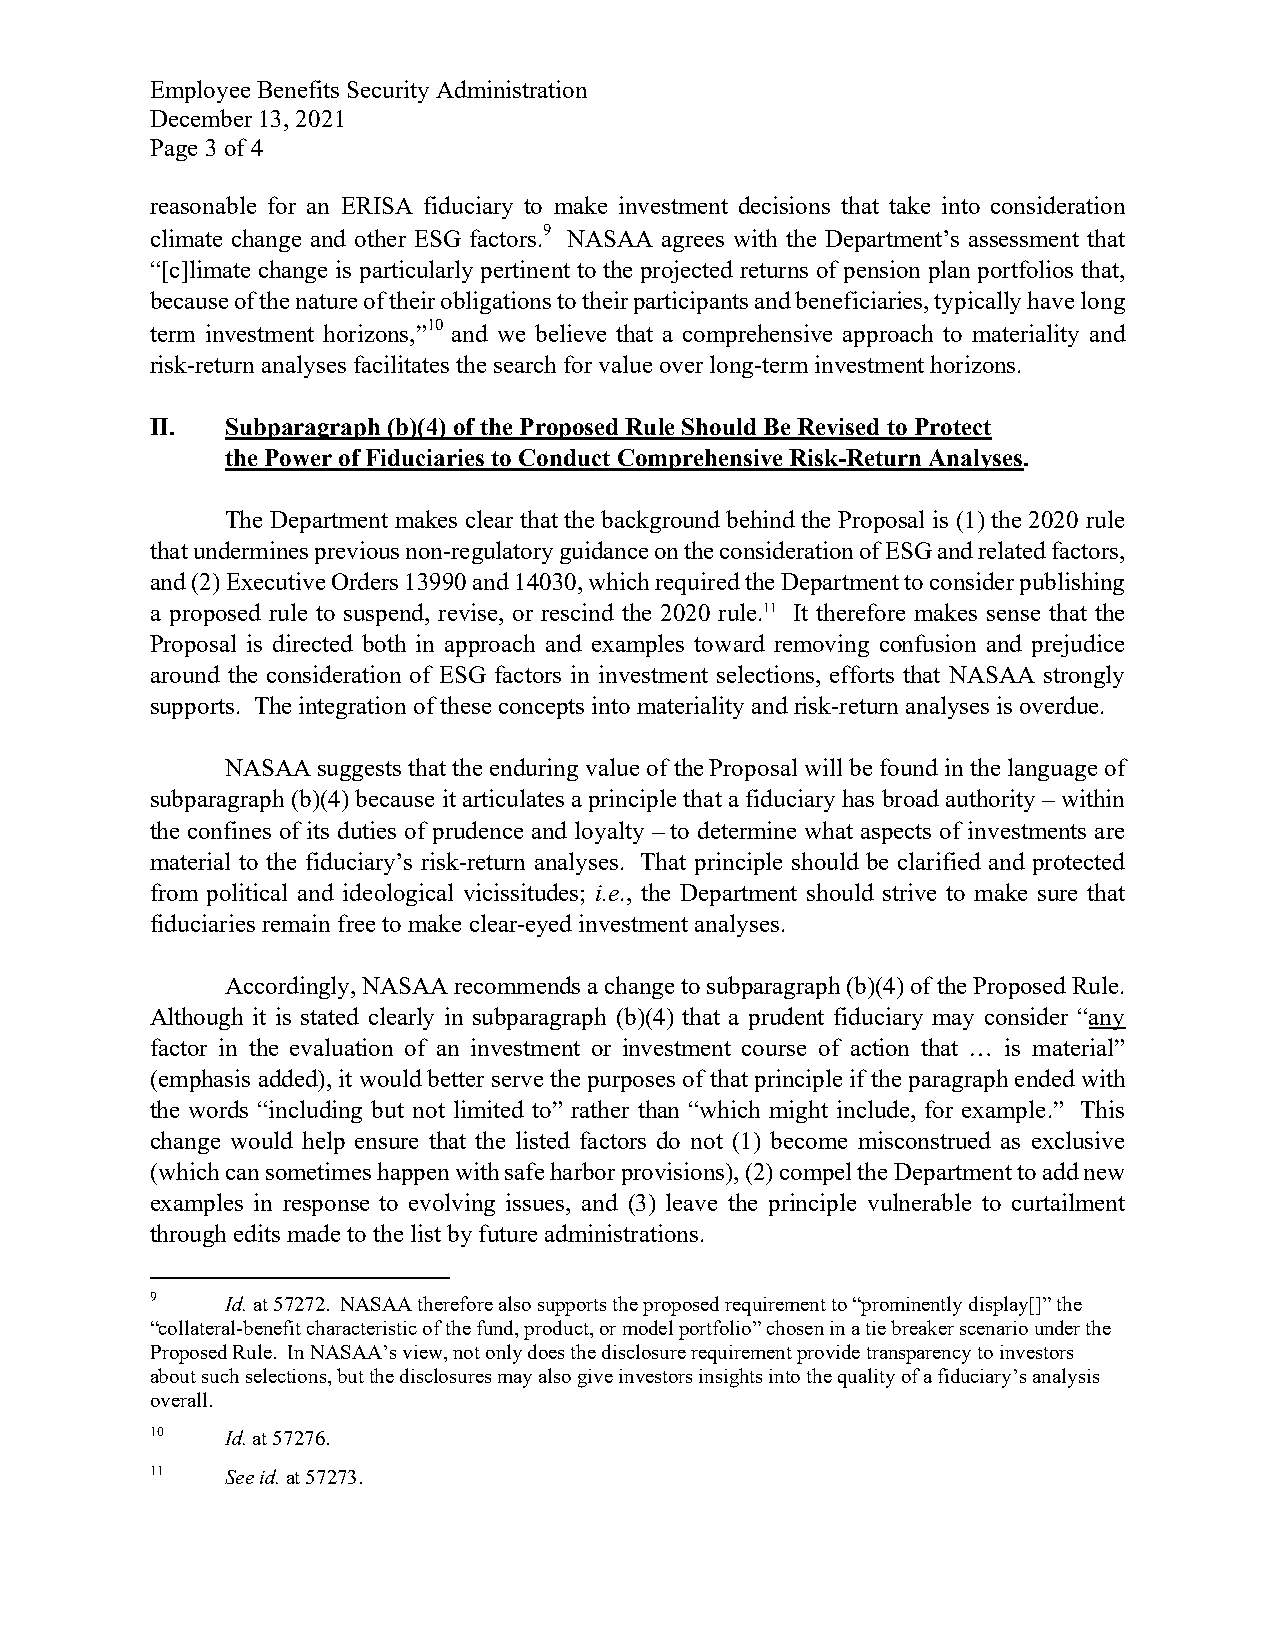
Employee Benefits Security Administration
 December 13, 2021
 Page 3 of 4
 reasonable for an ERISA fiduciary to make investment decisions that take into consideration
 climate change and other ESG factors.9 NASAA agrees with the Department’s assessment that
 “[c]limate change is particularly pertinent to the projected returns of pension plan portfolios that,
 because of the nature of their obligations to their participants and beneficiaries, typically have long
 term investment horizons,”10 and we believe that a comprehensive approach to materiality and
 risk-return analyses facilitates the search for value over long-term investment horizons.
 II.  Subparagraph (b)(4) of the Proposed Rule Should Be Revised to Protect
 the Power of Fiduciaries to Conduct Comprehensive Risk-Return Analyses.
 The Department makes clear that the background behind the Proposal is (1) the 2020 rule
 that undermines previous non-regulatory guidance on the consideration of ESG and related factors,
 and (2) Executive Orders 13990 and 14030, which required the Department to consider publishing
 a proposed rule to suspend, revise, or rescind the 2020 rule.11 It therefore makes sense that the
 Proposal is directed both in approach and examples toward removing confusion and prejudice
 around the consideration of ESG factors in investment selections, efforts that NASAA strongly
 supports. The integration of these concepts into materiality and risk-return analyses is overdue.
 NASAA suggests that the enduring value of the Proposal will be found in the language of
 subparagraph (b)(4) because it articulates a principle that a fiduciary has broad authority – within
 the confines of its duties of prudence and loyalty – to determine what aspects of investments are
 material to the fiduciary’s risk-return analyses. That principle should be clarified and protected
 from political and ideological vicissitudes; i.e., the Department should strive to make sure that
 fiduciaries remain free to make clear-eyed investment analyses.
 Accordingly, NASAA recommends a change to subparagraph (b)(4) of the Proposed Rule.
 Although it is stated clearly in subparagraph (b)(4) that a prudent fiduciary may consider “any
 factor in the evaluation of an investment or investment course of action that … is material”
 (emphasis added), it would better serve the purposes of that principle if the paragraph ended with
 the words “including but not limited to” rather than “which might include, for example.” This
 change would help ensure that the listed factors do not (1) become misconstrued as exclusive
 (which can sometimes happen with safe harbor provisions), (2) compel the Department to add new
 examples in response to evolving issues, and (3) leave the principle vulnerable to curtailment
 through edits made to the list by future administrations.
 9    Id. at 57272. NASAA therefore also supports the proposed requirement to “prominently display[]” the
 “collateral-benefit characteristic of the fund, product, or model portfolio” chosen in a tie breaker scenario under the
 Proposed Rule. In NASAA’s view, not only does the disclosure requirement provide transparency to investors
 about such selections, but the disclosures may also give investors insights into the quality of a fiduciary’s analysis
 overall.
 10   Id. at 57276.
 11   See id. at 57273.